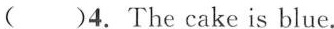
( )4.The cake is blue.